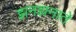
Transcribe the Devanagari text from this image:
झनझनाते